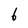
Character: 6